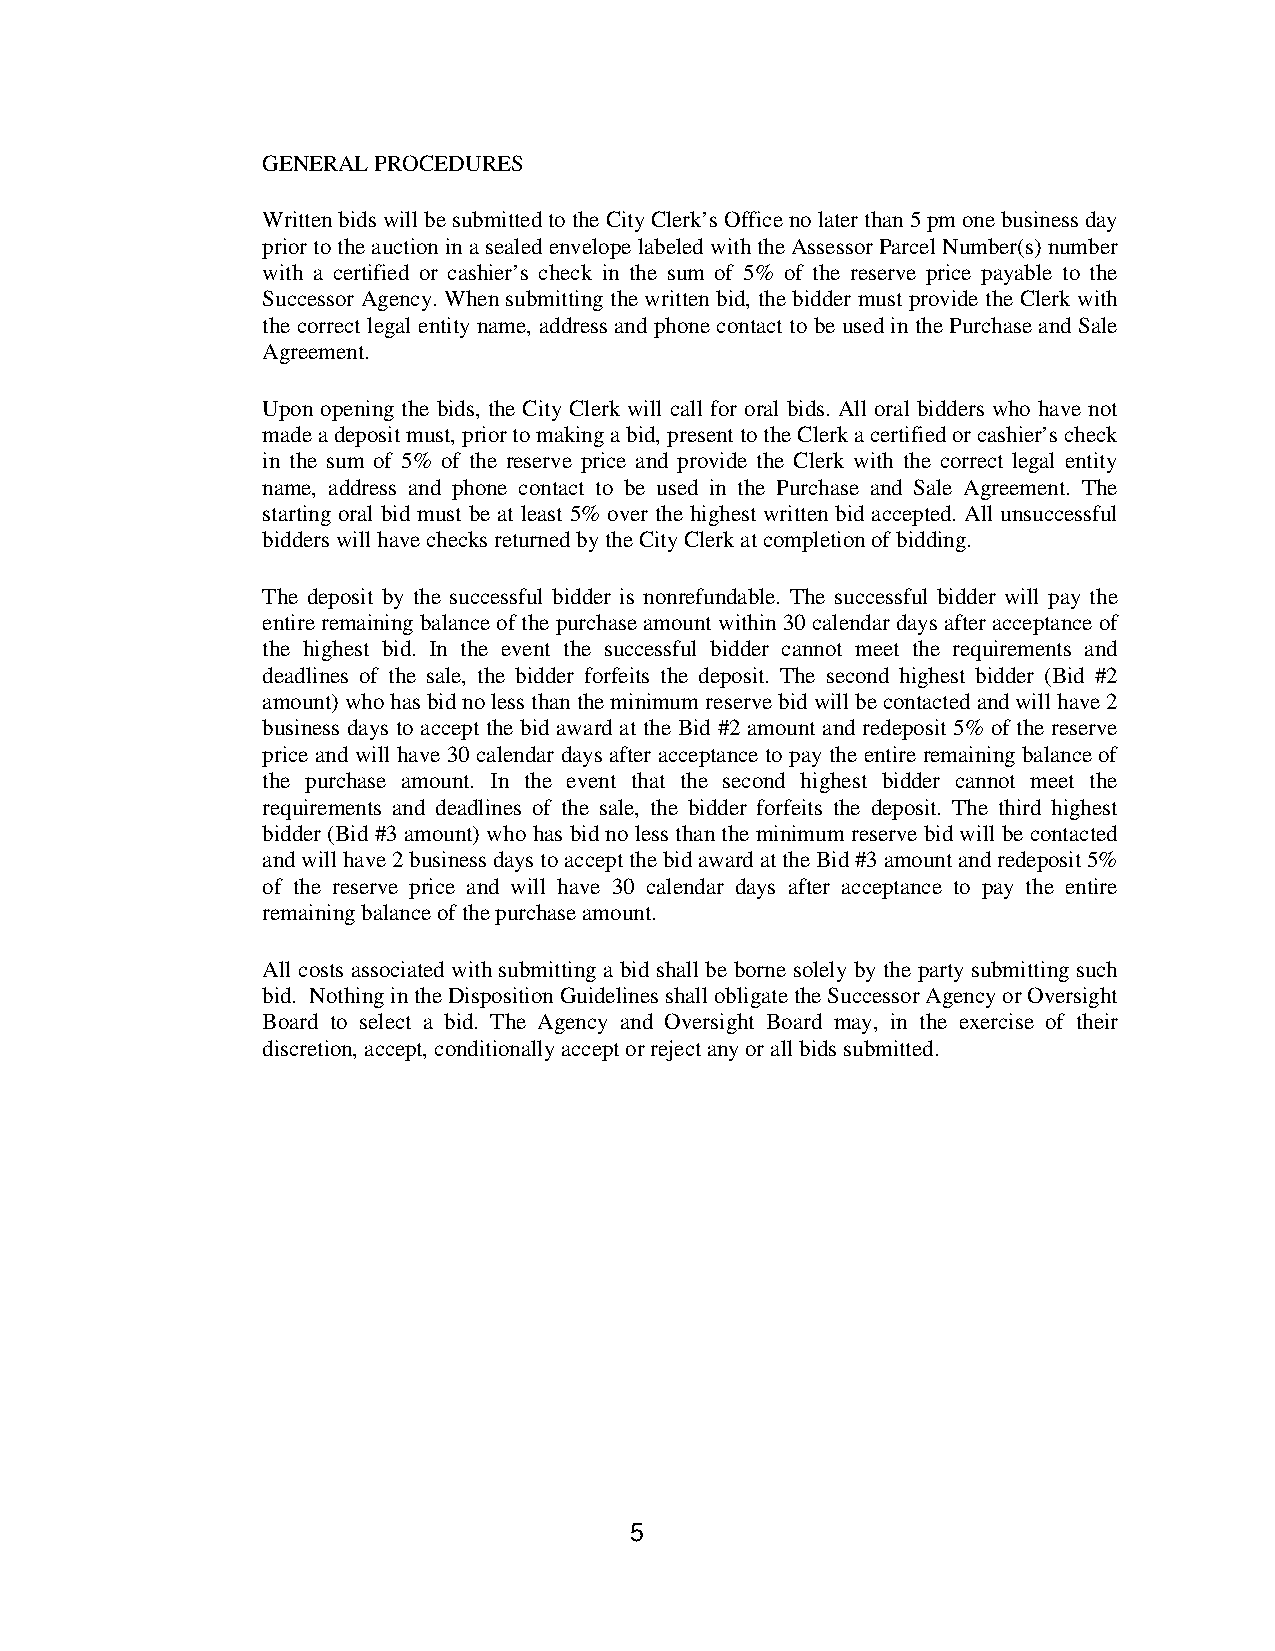
GENERAL PROCEDURES
 Written bids will be submitted to the City Clerk’s Office no later than 5 pm one business day
 prior to the auction in a sealed envelope labeled with the Assessor Parcel Number(s) number
 with a certified or cashier’s check in the sum of 5% of the reserve price payable to the
 Successor Agency. When submitting the written bid, the bidder must provide the Clerk with
 the correct legal entity name, address and phone contact to be used in the Purchase and Sale
 Agreement.
 Upon opening the bids, the City Clerk will call for oral bids. All oral bidders who have not
 made a deposit must, prior to making a bid, present to the Clerk a certified or cashier’s check
 in the sum of 5% of the reserve price and provide the Clerk with the correct legal entity
 name, address and phone contact to be used in the Purchase and Sale Agreement. The
 starting oral bid must be at least 5% over the highest written bid accepted. All unsuccessful
 bidders will have checks returned by the City Clerk at completion of bidding.
 The deposit by the successful bidder is nonrefundable. The successful bidder will pay the
 entire remaining balance of the purchase amount within 30 calendar days after acceptance of
 the highest bid. In the event the successful bidder cannot meet the requirements and
 deadlines of the sale, the bidder forfeits the deposit. The second highest bidder (Bid #2
 amount) who has bid no less than the minimum reserve bid will be contacted and will have 2
 business days to accept the bid award at the Bid #2 amount and redeposit 5% of the reserve
 price and will have 30 calendar days after acceptance to pay the entire remaining balance of
 the purchase amount. In the event that the second highest bidder cannot meet the
 requirements and deadlines of the sale, the bidder forfeits the deposit. The third highest
 bidder (Bid #3 amount) who has bid no less than the minimum reserve bid will be contacted
 and will have 2 business days to accept the bid award at the Bid #3 amount and redeposit 5%
 of the reserve price and will have 30 calendar days after acceptance to pay the entire
 remaining balance of the purchase amount.
 All costs associated with submitting a bid shall be borne solely by the party submitting such
 bid. Nothing in the Disposition Guidelines shall obligate the Successor Agency or Oversight
 Board to select a bid. The Agency and Oversight Board may, in the exercise of their
 discretion, accept, conditionally accept or reject any or all bids submitted.
 5